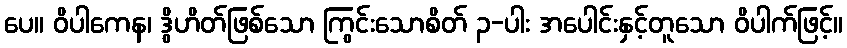
ပေ။ ဝိပါကေန၊ ဒွိဟိတ်ဖြစ်သော ကြွင်းသောစိတ် ၃-ပါး အပေါင်းနှင့်တူသော ဝိပါက်ဖြင့်။